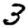
Digit: 3